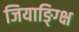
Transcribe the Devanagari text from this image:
जियाङ्ग्क्षि